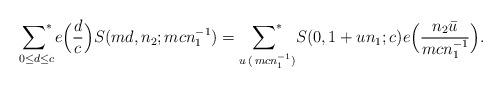
LaTeX: \begin{align*}{\mathop{\sum\nolimits^*}\limits_{0 \leq d \leq c }}e\Big(\frac{d}{c}\Big) S(md, n_2; mcn_1^{-1})={\mathop{\sum\nolimits^*}\limits_{u\,(\, mcn_1^{-1}) } }S(0, 1+un_1 ; c)e\Big(\frac{n_2 \bar{u}}{mcn_1^{-1}}\Big) . \end{align*}